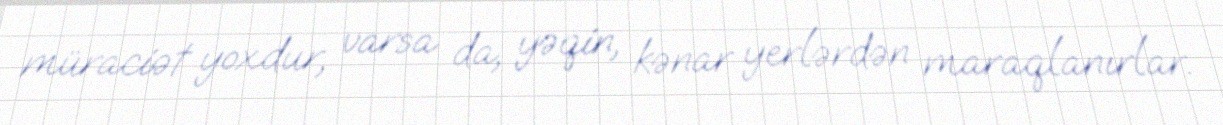
müraciət yoxdur, varsa da, yəqin, kənar yerlərdən maraqlanırlar.